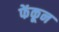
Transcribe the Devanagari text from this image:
फेंकून